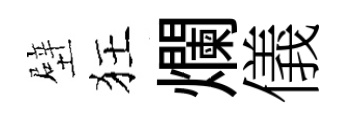
壁狂爛儀